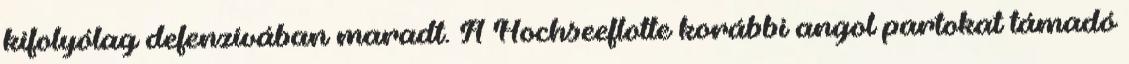
kifolyólag defenzívában maradt. A Hochseeflotte korábbi angol partokat támadó